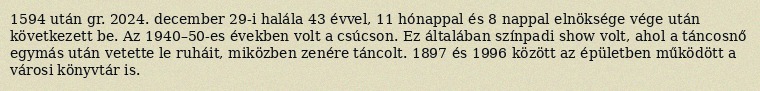
1594 után gr. 2024. december 29-i halála 43 évvel, 11 hónappal és 8 nappal elnöksége vége után következett be. Az 1940–50-es években volt a csúcson. Ez általában színpadi show volt, ahol a táncosnő egymás után vetette le ruháit, miközben zenére táncolt. 1897 és 1996 között az épületben működött a városi könyvtár is.